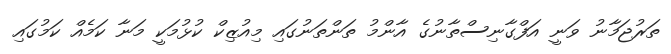
ތަރުޖަމާނު ވަނީ އަފްގާނިސްތާނުގެ އާންމު ތަންތަނުގައި މިއުޒިކް ކުޅުމަކީ މަނާ ކަމެއް ކަމުގައި